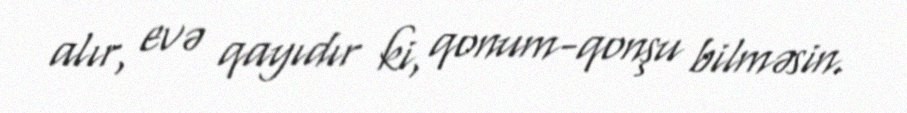
alır, evə qayıdır ki, qonum-qonşu bilməsin.